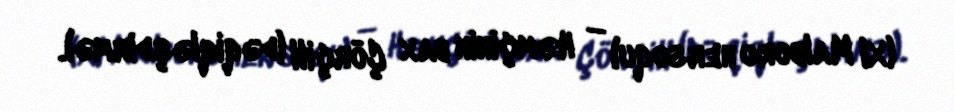
(XI Malboro hersoqu) — Həmçinin bax Çörçill (dəqiqləşdirmə).